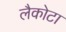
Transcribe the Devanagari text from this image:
लैकोटा